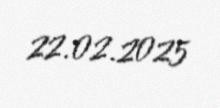
22.02.2025